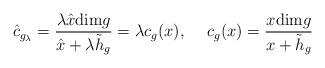
LaTeX: \begin{align*}\hat{c}_{g_\lambda}=\frac{\lambda\hat{x}\textup{dim}g}{\hat{x}+\lambda \tilde{h}_g}=\lambda c_g(x),\hspace{.2in}c_g(x)=\frac{x\textup{dim}g}{x+\tilde{h}_g}\end{align*}